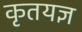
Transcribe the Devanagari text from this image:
कृतयज्ञ